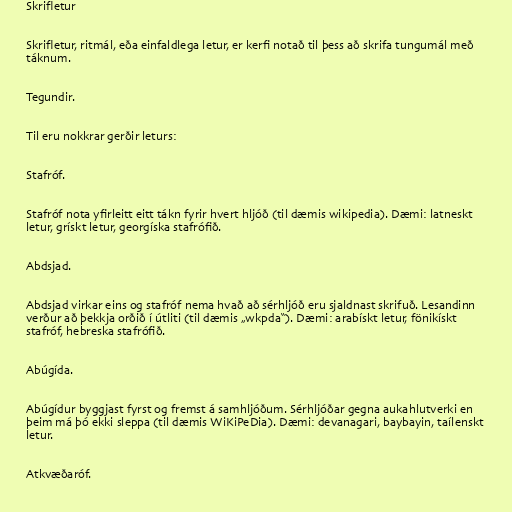
Skrifletur

Skrifletur, ritmál, eða einfaldlega letur, er kerfi notað til þess að skrifa tungumál með
táknum.

Tegundir.

Til eru nokkrar gerðir leturs:

Stafróf.

Stafróf nota yfirleitt eitt tákn fyrir hvert hljóð (til dæmis wikipedia). Dæmi: latneskt
letur, grískt letur, georgíska stafrófið.

Abdsjad.

Abdsjad virkar eins og stafróf nema hvað að sérhljóð eru sjaldnast skrifuð. Lesandinn
verður að þekkja orðið í útliti (til dæmis „wkpda“). Dæmi: arabískt letur, fönikískt
stafróf, hebreska stafrófið.

Abúgída.

Abúgídur byggjast fyrst og fremst á samhljóðum. Sérhljóðar gegna aukahlutverki en
þeim má þó ekki sleppa (til dæmis WiKiPeDia). Dæmi: devanagari, baybayin, taílenskt
letur.

Atkvæðaróf.